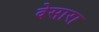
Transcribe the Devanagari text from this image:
वेसारा